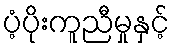
ပံ့ပိုးကူညီမှုနှင့်